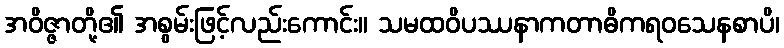
အဝိဇ္ဇာတို့၏ အစွမ်းဖြင့်လည်းကောင်း။ သမထဝိပဿနာကတာဓိကရဝသေနစာပိ၊